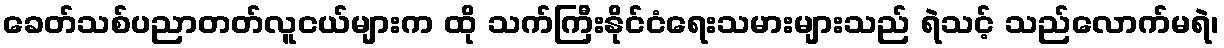
ခေတ်သစ်ပညာတတ်လူငယ်များက ထို သက်ကြီးနိုင်ငံရေးသမားများသည် ရဲသင့် သည်လောက်မရဲ၊